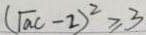
( \sqrt { a } c - 2 ) ^ { 2 } \geq 3